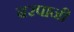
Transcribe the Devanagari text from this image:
बरपानी